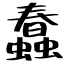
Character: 蠢